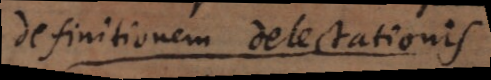
definitione perfectionis,